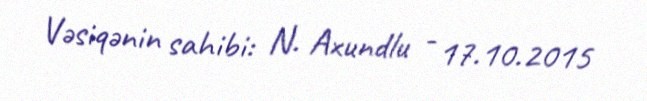
Vəsiqənin sahibi: N. Axundlu - 17.10.2015